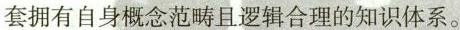
套拥有自身概念范畴且逻辑合理的知识体系。